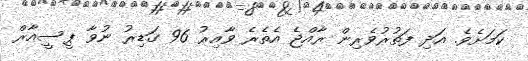
ކަމަށެވެ. އަދި ފަތުރުވެރިން ރާއްޖެ އެތެރެ ވާއިރު 96 ގަޑިރު ނުވާ ޕީސީއާރް